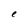
Character: e